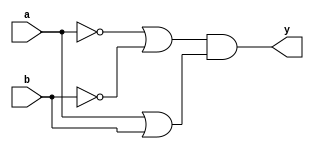
module xor_gate(
    input a,
    input b,
    output y
);

wire not_a, not_b;

assign not_a = ~a;
assign not_b = ~b;

assign y = (not_a | not_b) & (a | b);

endmodule